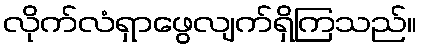
လိုက်လံရှာဖွေလျက်ရှိကြသည်။